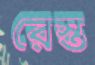
রেস্ত